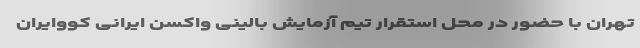
تهران با حضور در محل استقرار تیم آزمایش بالینی واکسن ایرانی کووایران